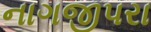
નાગજીપરા